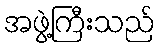
အဖွဲ့ကြီးသည်